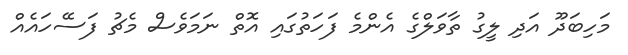
މަހިބަދޫ އަދި ލީގު ތާވަލްގެ އެންމެ ފަހަތުގައި އޮތް ނަމަވެސް މެޗު ފަސޭހައެއް